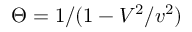
\Theta = 1 / ( 1 - V ^ { 2 } / v ^ { 2 } )